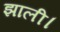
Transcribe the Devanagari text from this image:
झाली।